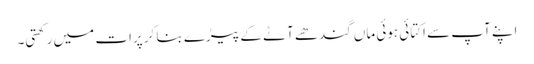
اپنے آپ سے اکتائی ہوئی ماں گندھے آٹے کے پیڑے بنا کر پرات میں رکھتی۔